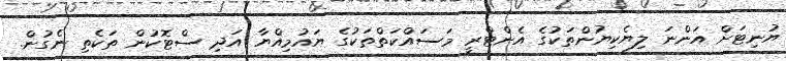
ޔުނިޓަށް އަންނަ ލިޔެކިޔުންތަކުގެ އެންޓްރީ މަސައްކަތްތަކުގެ ޔައުމިއްޔާ އަދި ސްޓޮކުން ތަކެތި ނެގުން.